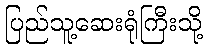
ပြည်သူ့ဆေးရုံကြီးသို့